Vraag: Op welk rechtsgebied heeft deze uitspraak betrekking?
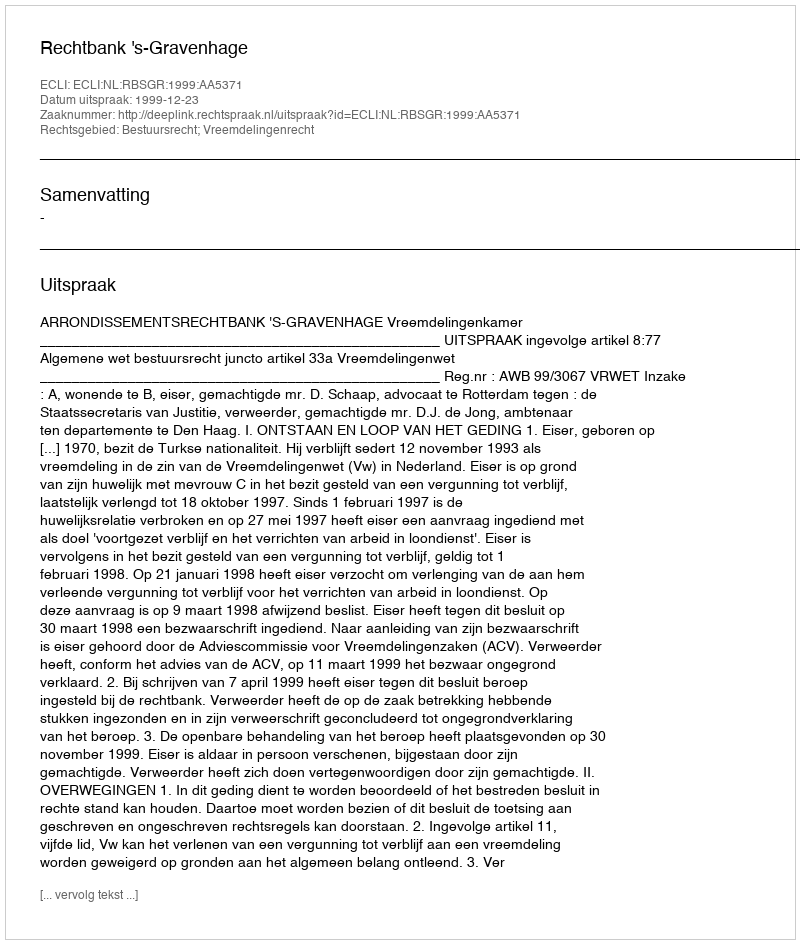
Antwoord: Bestuursrecht; Vreemdelingenrecht